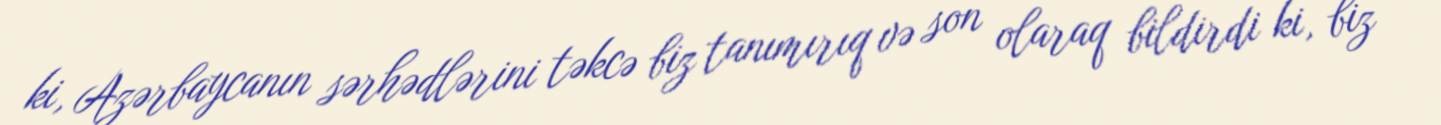
ki, Azərbaycanın sərhədlərini təkcə biz tanımırıq və son olaraq bildirdi ki, biz